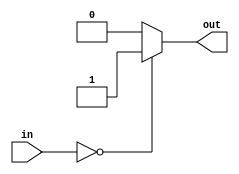
module equal0(
    input wire [7:0] in,
    output reg out);

    always @* begin
        if (in == 8'b0) begin
            out = 1'b1;
        end else begin
            out = 1'b0;
        end
    end

endmodule